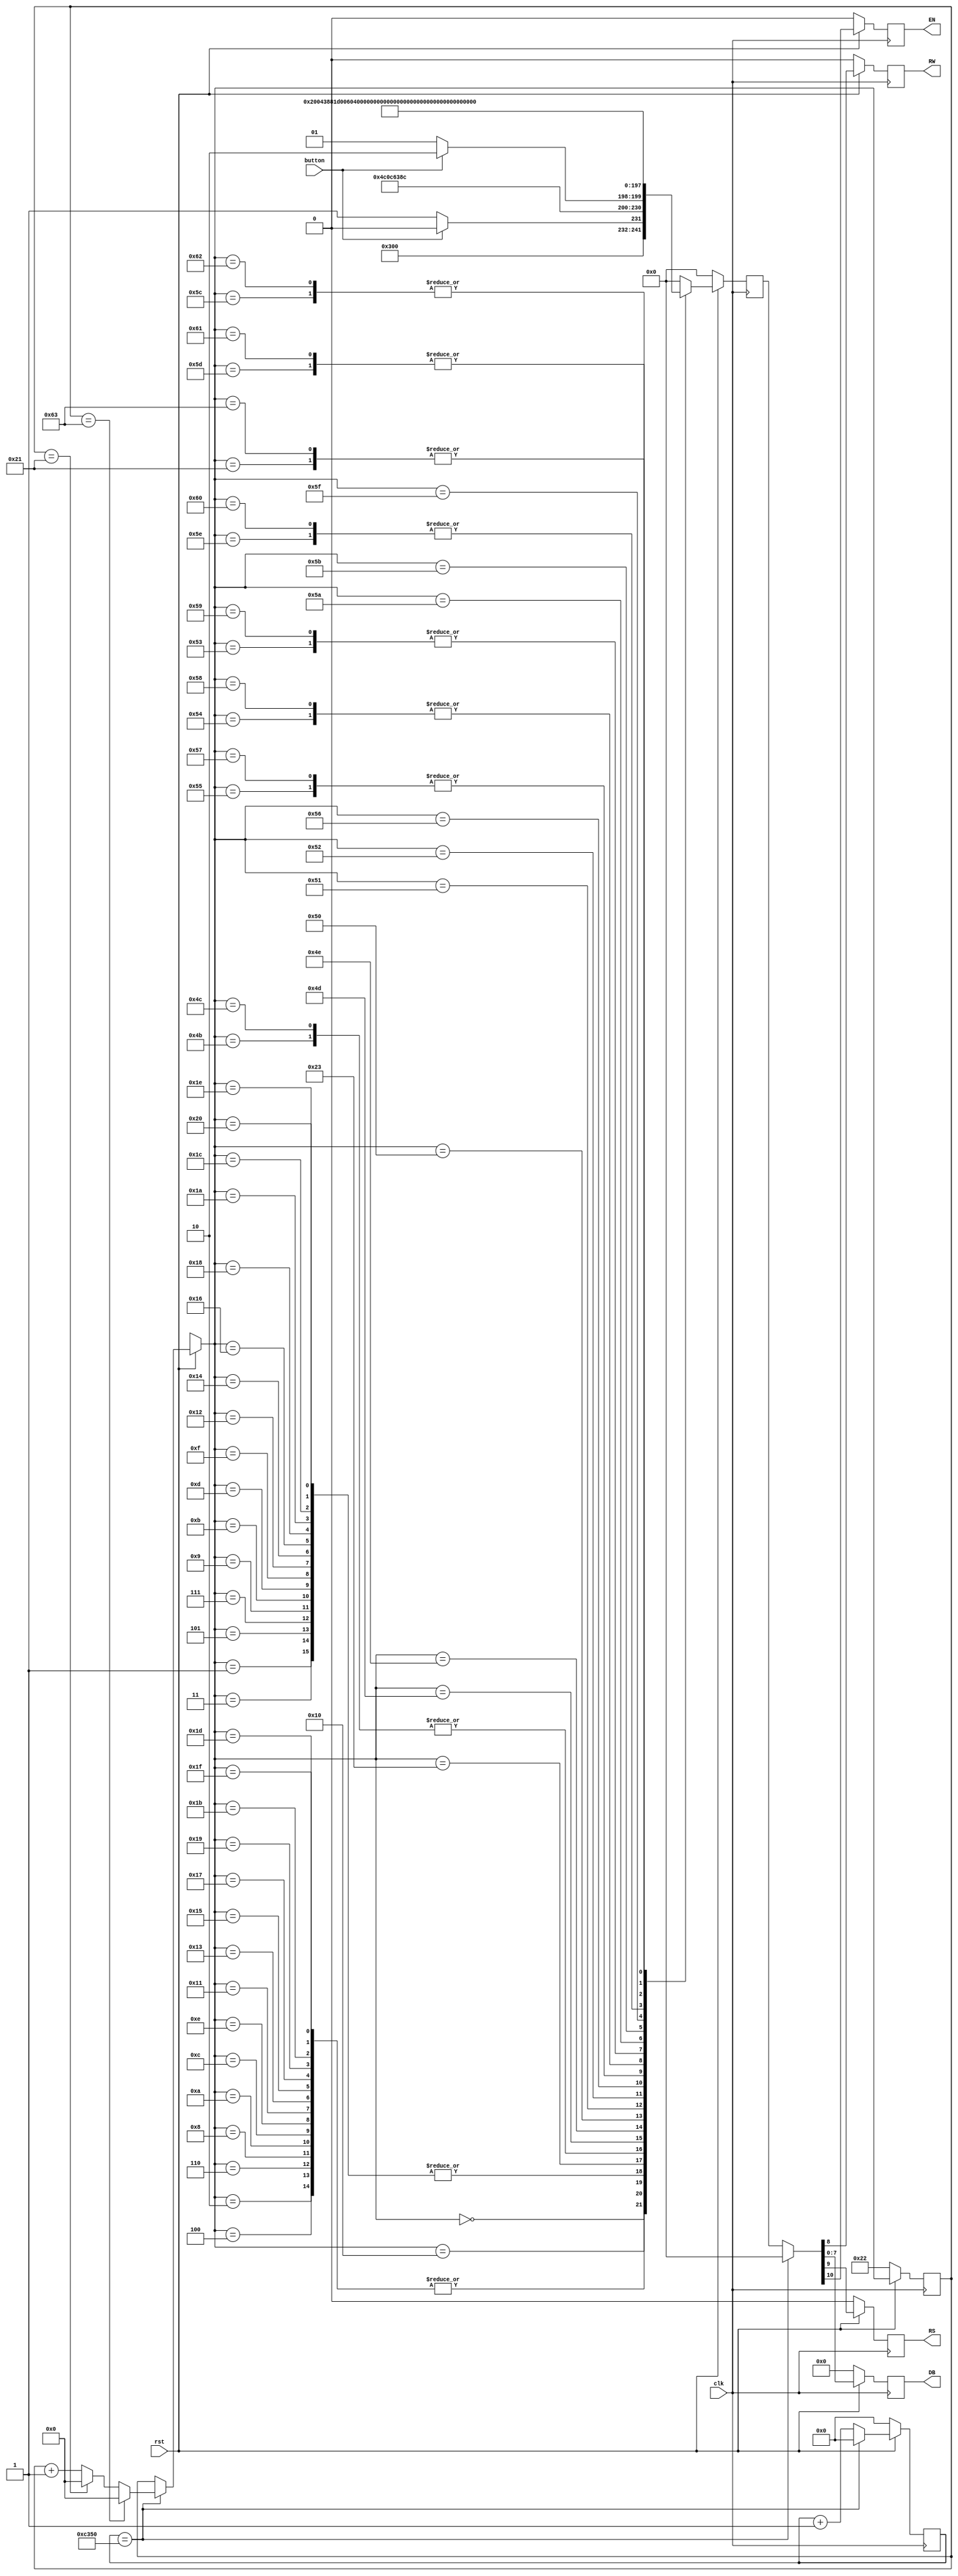

`define LCDTimeExpire 50000

module LCDTest(clk, rst, button, EN, RS, RW, DB);

	input clk, rst;
	input button;
	
	output EN, RS, RW;
	output [7:0]DB;
	
	reg EN, RS, RW;
	reg [6:0]LCDStep;
	reg [7:0]DB;
	reg [10:0]nextLCD;
	reg [15:0]LCDCounter;
	reg [7:0]LCDData[31:0];
	
	integer i;
	
	always@(posedge clk)
	begin
	
		if(!rst)
		begin
			LCDStep = 7'd34;
			nextLCD = 11'd0;
			LCDCounter = 16'd0;
			{EN, RS, RW, DB} = 11'd0;
			for(i = 0; i < 32; i = i + 1)
				LCDData[i] = 8'b00110001;
		end
		else
		begin
			//Data
			LCDData[00] = (button) ? 8'b00000000 : 8'b00000001;
			LCDData[01] = (button) ? 8'b00110010 : 8'b00110001;
			LCDData[02] = (button) ? 8'b00110001 : 8'b00110001;
			LCDData[03] = (button) ? 8'b00110010 : 8'b00110001;
			LCDData[04] = (button) ? 8'b00110001 : 8'b00110001;
			LCDData[05] = (button) ? 8'b00110010 : 8'b00110001;
			LCDData[06] = (button) ? 8'b00110001 : 8'b00110001;
			LCDData[07] = (button) ? 8'b00110010 : 8'b00110001;
			LCDData[08] = (button) ? 8'b00110001 : 8'b00110001;
			LCDData[09] = (button) ? 8'b00110010 : 8'b00110001;
			LCDData[10] = (button) ? 8'b00110001 : 8'b00110001;
			LCDData[11] = (button) ? 8'b00110010 : 8'b00110001;
			LCDData[12] = (button) ? 8'b00110001 : 8'b00110001;
			LCDData[13] = (button) ? 8'b00110010 : 8'b00110001;
			LCDData[14] = (button) ? 8'b00110001 : 8'b00110001;
			LCDData[15] = (button) ? 8'b00110010 : 8'b00110001;
			LCDData[16] = (button) ? 8'b00110001 : 8'b00110001;
			LCDData[17] = (button) ? 8'b00110010 : 8'b00110001;
			LCDData[18] = (button) ? 8'b00110001 : 8'b00110001;
			LCDData[19] = (button) ? 8'b00110010 : 8'b00110001;
			LCDData[20] = (button) ? 8'b00110001 : 8'b00110001;
			LCDData[21] = (button) ? 8'b00110010 : 8'b00110001;
			LCDData[22] = (button) ? 8'b00110001 : 8'b00110001;
			LCDData[23] = (button) ? 8'b00110010 : 8'b00110001;
			LCDData[24] = (button) ? 8'b00110001 : 8'b00110001;
			LCDData[25] = (button) ? 8'b00110010 : 8'b00110001;
			LCDData[26] = (button) ? 8'b00110001 : 8'b00110001;
			LCDData[27] = (button) ? 8'b00110010 : 8'b00110001;
			LCDData[28] = (button) ? 8'b00110001 : 8'b00110001;
			LCDData[29] = (button) ? 8'b00110010 : 8'b00110001;
			LCDData[30] = (button) ? 8'b00110001 : 8'b00110001;
			LCDData[31] = (button) ? 8'b00110010 : 8'b00110001;
			
			//LCD Control
			if(LCDCounter == `LCDTimeExpire)
			begin
				LCDCounter = 16'd0;
				LCDStep = (LCDStep == 7'd99) ? 7'd0 :
				          (LCDStep == 7'd33) ? 7'd0 :
							                      LCDStep + 1'd1;
				{EN, RS, RW, DB} = 11'd0;
			end
			else
			begin
				LCDCounter = LCDCounter + 1'd1;
				{EN, RS, RW, DB} = nextLCD;
			end

			case(LCDStep)
			7'd00 : nextLCD = {3'b1_1_0, LCDData[00]};
			7'd01 : nextLCD = {3'b1_1_0, LCDData[01]};
			7'd02 : nextLCD = {3'b1_1_0, LCDData[02]};
			7'd03 : nextLCD = {3'b1_1_0, LCDData[03]};
			7'd04 : nextLCD = {3'b1_1_0, LCDData[04]};
			7'd05 : nextLCD = {3'b1_1_0, LCDData[05]};
			7'd06 : nextLCD = {3'b1_1_0, LCDData[06]};
			7'd07 : nextLCD = {3'b1_1_0, LCDData[07]};
			7'd08 : nextLCD = {3'b1_1_0, LCDData[08]};
			7'd09 : nextLCD = {3'b1_1_0, LCDData[09]};
			7'd10 : nextLCD = {3'b1_1_0, LCDData[10]};
			7'd11 : nextLCD = {3'b1_1_0, LCDData[11]};
			7'd12 : nextLCD = {3'b1_1_0, LCDData[12]};
			7'd13 : nextLCD = {3'b1_1_0, LCDData[13]};
			7'd14 : nextLCD = {3'b1_1_0, LCDData[14]};
			7'd15 : nextLCD = {3'b1_1_0, LCDData[15]};
			7'd16 : nextLCD = 11'b1_0_0_11000000;
			7'd17 : nextLCD = {3'b1_1_0, LCDData[16]};
			7'd18 : nextLCD = {3'b1_1_0, LCDData[17]};
			7'd19 : nextLCD = {3'b1_1_0, LCDData[18]};
			7'd20 : nextLCD = {3'b1_1_0, LCDData[19]};
			7'd21 : nextLCD = {3'b1_1_0, LCDData[20]};
			7'd22 : nextLCD = {3'b1_1_0, LCDData[21]};
			7'd23 : nextLCD = {3'b1_1_0, LCDData[22]};
			7'd24 : nextLCD = {3'b1_1_0, LCDData[23]};
			7'd25 : nextLCD = {3'b1_1_0, LCDData[24]};
			7'd26 : nextLCD = {3'b1_1_0, LCDData[25]};
			7'd27 : nextLCD = {3'b1_1_0, LCDData[26]};
			7'd28 : nextLCD = {3'b1_1_0, LCDData[27]};
			7'd29 : nextLCD = {3'b1_1_0, LCDData[28]};
			7'd30 : nextLCD = {3'b1_1_0, LCDData[29]};
			7'd31 : nextLCD = {3'b1_1_0, LCDData[30]};
			7'd32 : nextLCD = {3'b1_1_0, LCDData[31]};
			7'd33 : nextLCD = 11'b1_0_0_10000000;
			
			7'd34 : nextLCD = 11'b0_0_0_00000000;
			7'd35 : nextLCD = 11'b1_0_0_00000000;//power on
			7'd75 : nextLCD = 11'b1_0_0_00111000;//function set
			7'd76 : nextLCD = 11'b1_0_0_00111000;//function set
			7'd77 : nextLCD = 11'b1_0_0_00001110;//display on
			7'd78 : nextLCD = 11'b1_0_0_00000001;//display clear
			7'd80 : nextLCD = 11'b1_0_0_00000110;//entry mode set
			
			7'd81 : nextLCD = 11'b1_0_0_01000000;
			7'd82 : nextLCD = 11'b1_1_0_00010000;
			7'd83 : nextLCD = 11'b1_1_0_00001000;
			7'd84 : nextLCD = 11'b1_1_0_00000100;
			7'd85 : nextLCD = 11'b1_1_0_00000010;
			7'd86 : nextLCD = 11'b1_1_0_00000001;
			7'd87 : nextLCD = 11'b1_1_0_00000010;
			7'd88 : nextLCD = 11'b1_1_0_00000100;
			7'd89 : nextLCD = 11'b1_1_0_00001000;
			
			7'd90 : nextLCD = 11'b1_0_0_01001000;
			7'd91 : nextLCD = 11'b1_1_0_00001111;
			7'd92 : nextLCD = 11'b1_1_0_00010111;
			7'd93 : nextLCD = 11'b1_1_0_00011011;
			7'd94 : nextLCD = 11'b1_1_0_00011101;
			7'd95 : nextLCD = 11'b1_1_0_00011110;
			7'd96 : nextLCD = 11'b1_1_0_00011101;
			7'd97 : nextLCD = 11'b1_1_0_00011011;
			7'd98 : nextLCD = 11'b1_1_0_00010111;
			
			7'd99 : nextLCD = 11'b1_0_0_10000000;
			default : nextLCD = 11'b0;
			endcase
		end
	end

endmodule